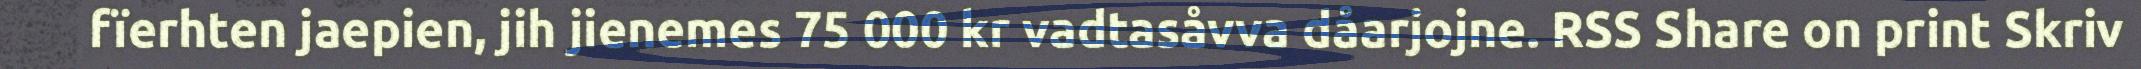
fïerhten jaepien, jih jienemes 75 000 kr vadtasåvva dåarjojne. RSS Share on print Skriv